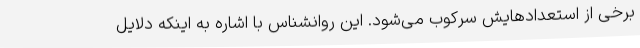
برخی از استعدادهایش سرکوب می‌شود. این روانشناس با اشاره به اینکه دلایل